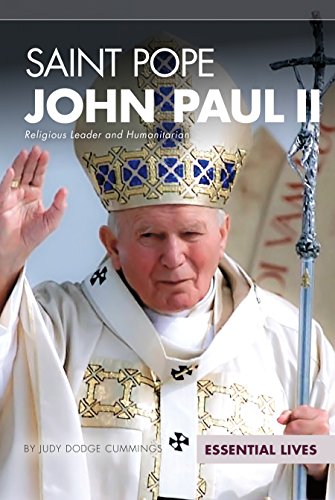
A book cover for Pope John Paul II (Essential Lives Set 9); Abdo Publishing; Teen & Young Adult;